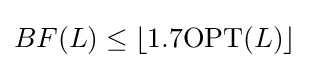
BF(L)\leq \lfloor 1.7\mathrm {OPT} (L)\rfloor